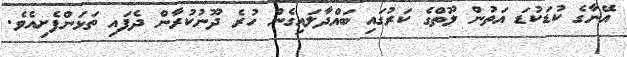
އޭނާގެ ކުޑަކުޑަ އަތުން ލޫތްގެ ކަރުގައި ބައްދާލައިގެން ހުރެ ދޫނުކުރާން ދެފައި ތަޅަންފެށިއެވެ.